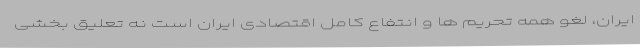
ایران، لغو همه تحریم ها و انتفاع کامل اقتصادی ایران است نه تعلیق بخشی